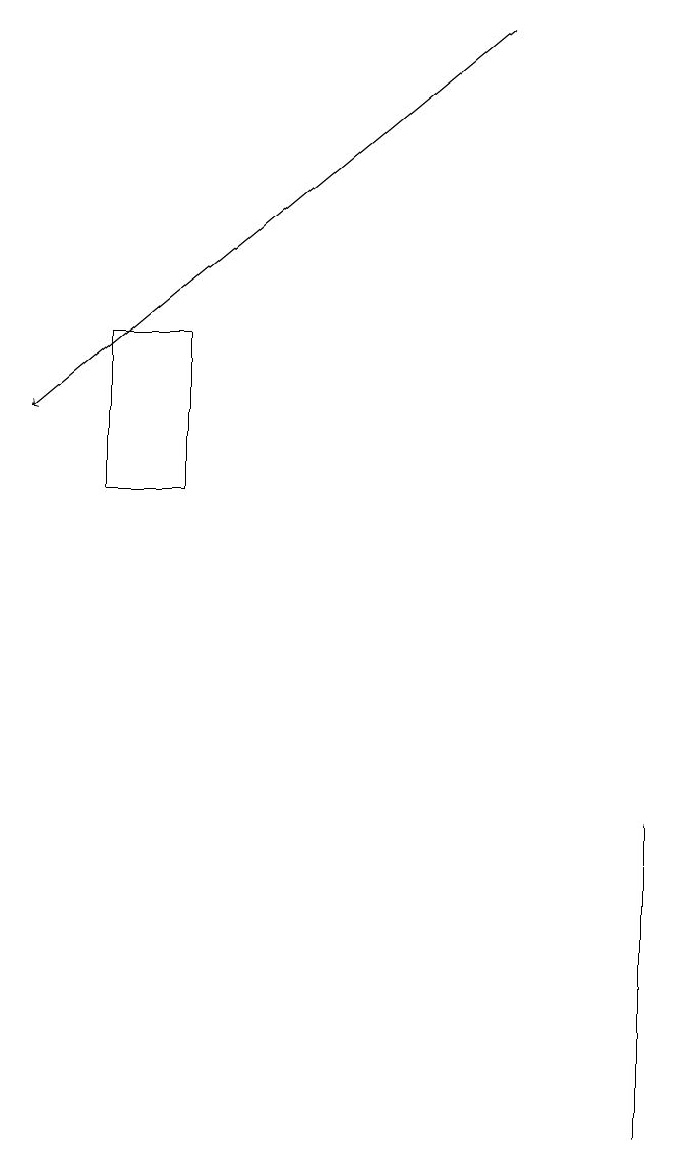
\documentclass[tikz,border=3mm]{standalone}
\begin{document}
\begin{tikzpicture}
\draw (1,11) rectangle (2,13);
\draw[->] (6,17) -- (0,12);
\draw (8,6) -- (8,3) -- (8,7) -- cycle;
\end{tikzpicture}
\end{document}